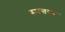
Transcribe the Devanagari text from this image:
रूपन्तरण